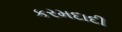
કરમદાદી